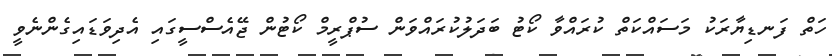
ހަތް ފަނޑިޔާރަކު މަސައްކަތް ކުރައްވާ ކޯޓު ބަދަލުކުރައްވަން ސުޕްރީމް ކޯޓުން ޖޭއެސްސީގައި އެދިވަޑައިގެންނެވީ